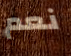
نعم